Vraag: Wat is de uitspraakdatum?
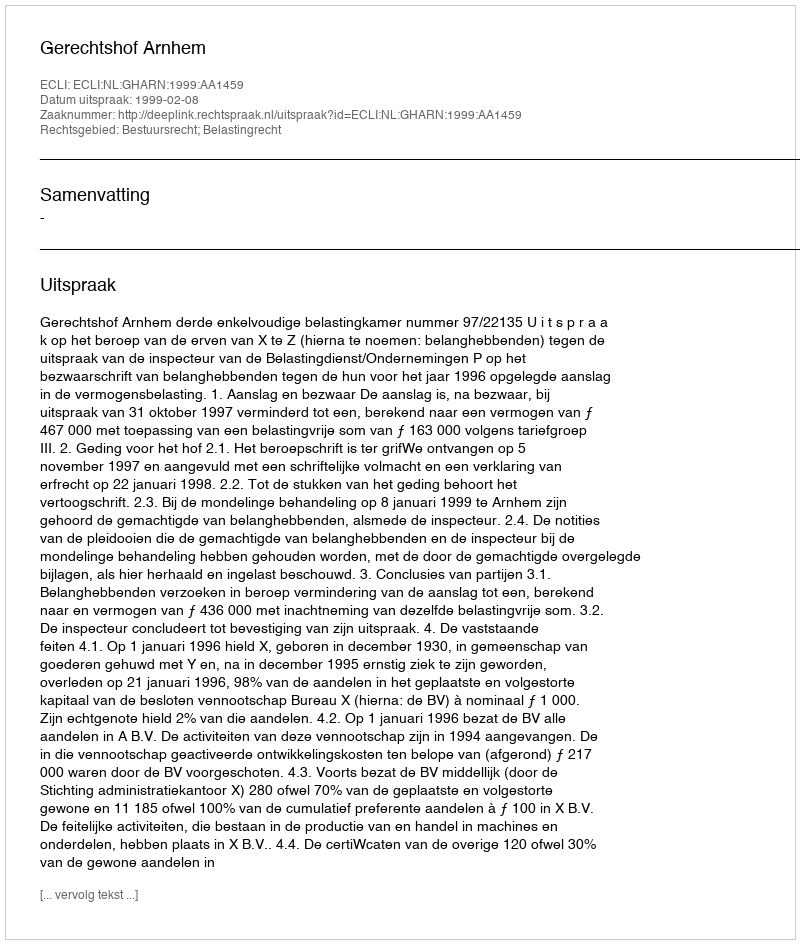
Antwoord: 1999-02-08